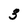
Character: 3